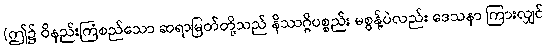
(ဤ၌ ဝိနည်းကြံစည်သော ဆရာမြတ်တို့သည် နိဿဂ္ဂိပစ္စည်း မစွန့်ပဲလည်း ဒေသနာ ကြားလျှင်